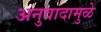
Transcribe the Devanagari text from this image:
अनुवादामुळे